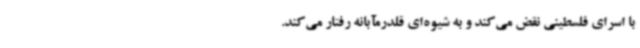
با اسرای فلسطینی نقض می‌کند و به شیوه‌ای قلدرمآبانه رفتار می‌کند.